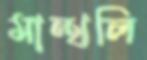
মান্থলি